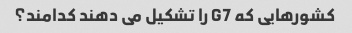
کشورهایی که G7 را تشکیل می دهند کدامند؟